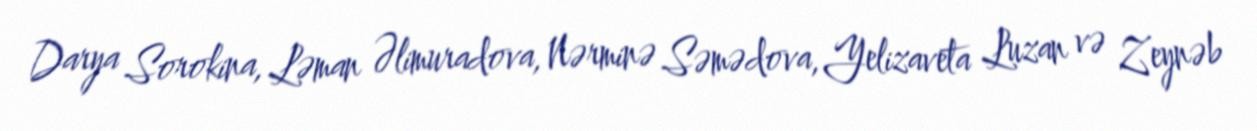
Darya Sorokina, Ləman Əlimuradova, Nərminə Səmədova, Yelizaveta Luzan və Zeynəb